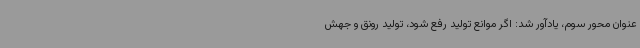
عنوان محور سوم، یادآور شد: اگر موانع تولید رفع شود، تولید رونق و جهش